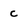
Character: C